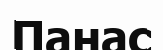
Панас